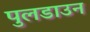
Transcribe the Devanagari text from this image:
पुलडाउन